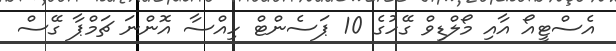
އެސްޓީއޯ އާއި މޯލްޑިވް ގޭހުގެ 10 ޕަސެންޓް ހިއްސާ އޮންނަ ޗަމްޕާ ގޭސް